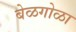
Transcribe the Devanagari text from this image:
बेळगोळा